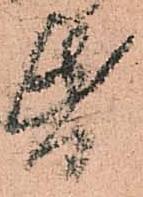
帋